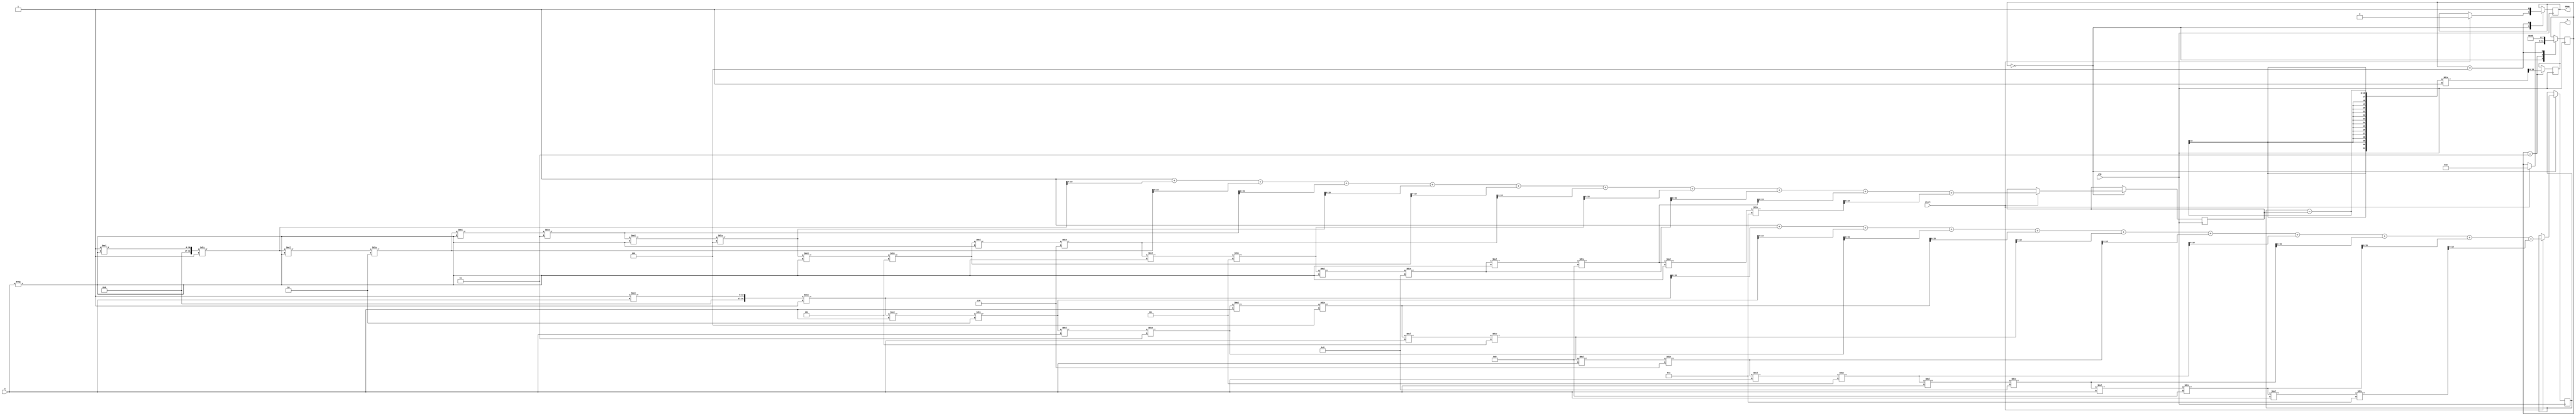
module sinh_block (
    input [15:0] x,      // Fixed-point input (16-bit)
    output reg [15:0] y, // Fixed-point output (16-bit)
    input clk,
    input start,
    output reg done
);

    reg [15:0] exp_x;   // e^x
    reg [15:0] exp_neg_x; // e^-x
    reg [31:0] temp;    // Temporary variable for calculations
    reg [3:0] state;    // State variable for FSM
    reg [15:0] half;    // Constant value for division by 2

    // State encoding
    localparam IDLE = 0, CALC_EXP = 1, CALC_NEG_EXP = 2, CALC_SINH = 3, DONE = 4;

    // Constants
    initial begin
        half = 16'h0001; // 0.5 in fixed-point (16-bit)
        done = 0;
        state = IDLE;
    end

    // Simple exponential function approximation (Taylor series)
    function [15:0] exp_function(input [15:0] val);
        reg [31:0] result;
        reg [31:0] term;
        integer i;
        begin
            result = 32'h00000001; // e^0 = 1
            term = 32'h00000001;   // First term (x^0 / 0!)
            for (i = 1; i <= 10; i = i + 1) begin // 10 terms for approximation
                term = (term * val) / i; // Calculate x^i / i!
                result = result + term;   // Add the term to the result
            end
            exp_function = result[15:0]; // Return the lower 16 bits
        end
    endfunction

    always @(posedge clk) begin
        case (state)
            IDLE: begin
                if (start) begin
                    exp_x = exp_function(x);           // Calculate e^x
                    exp_neg_x = exp_function(-x);      // Calculate e^-x
                    state = CALC_SINH;
                    done = 0;
                end
            end
            CALC_SINH: begin
                temp = exp_x - exp_neg_x; // e^x - e^-x
                y = temp / half;          // (e^x - e^-x) / 2
                state = DONE;
            end
            DONE: begin
                done = 1; // Indicate that the calculation is done
                state = IDLE; // Go back to idle state
            end
        endcase
    end
endmodule